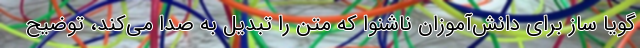
گویا ساز برای دانش‌آموزان ناشنوا که متن را تبدیل به صدا می‌کند، توضیح